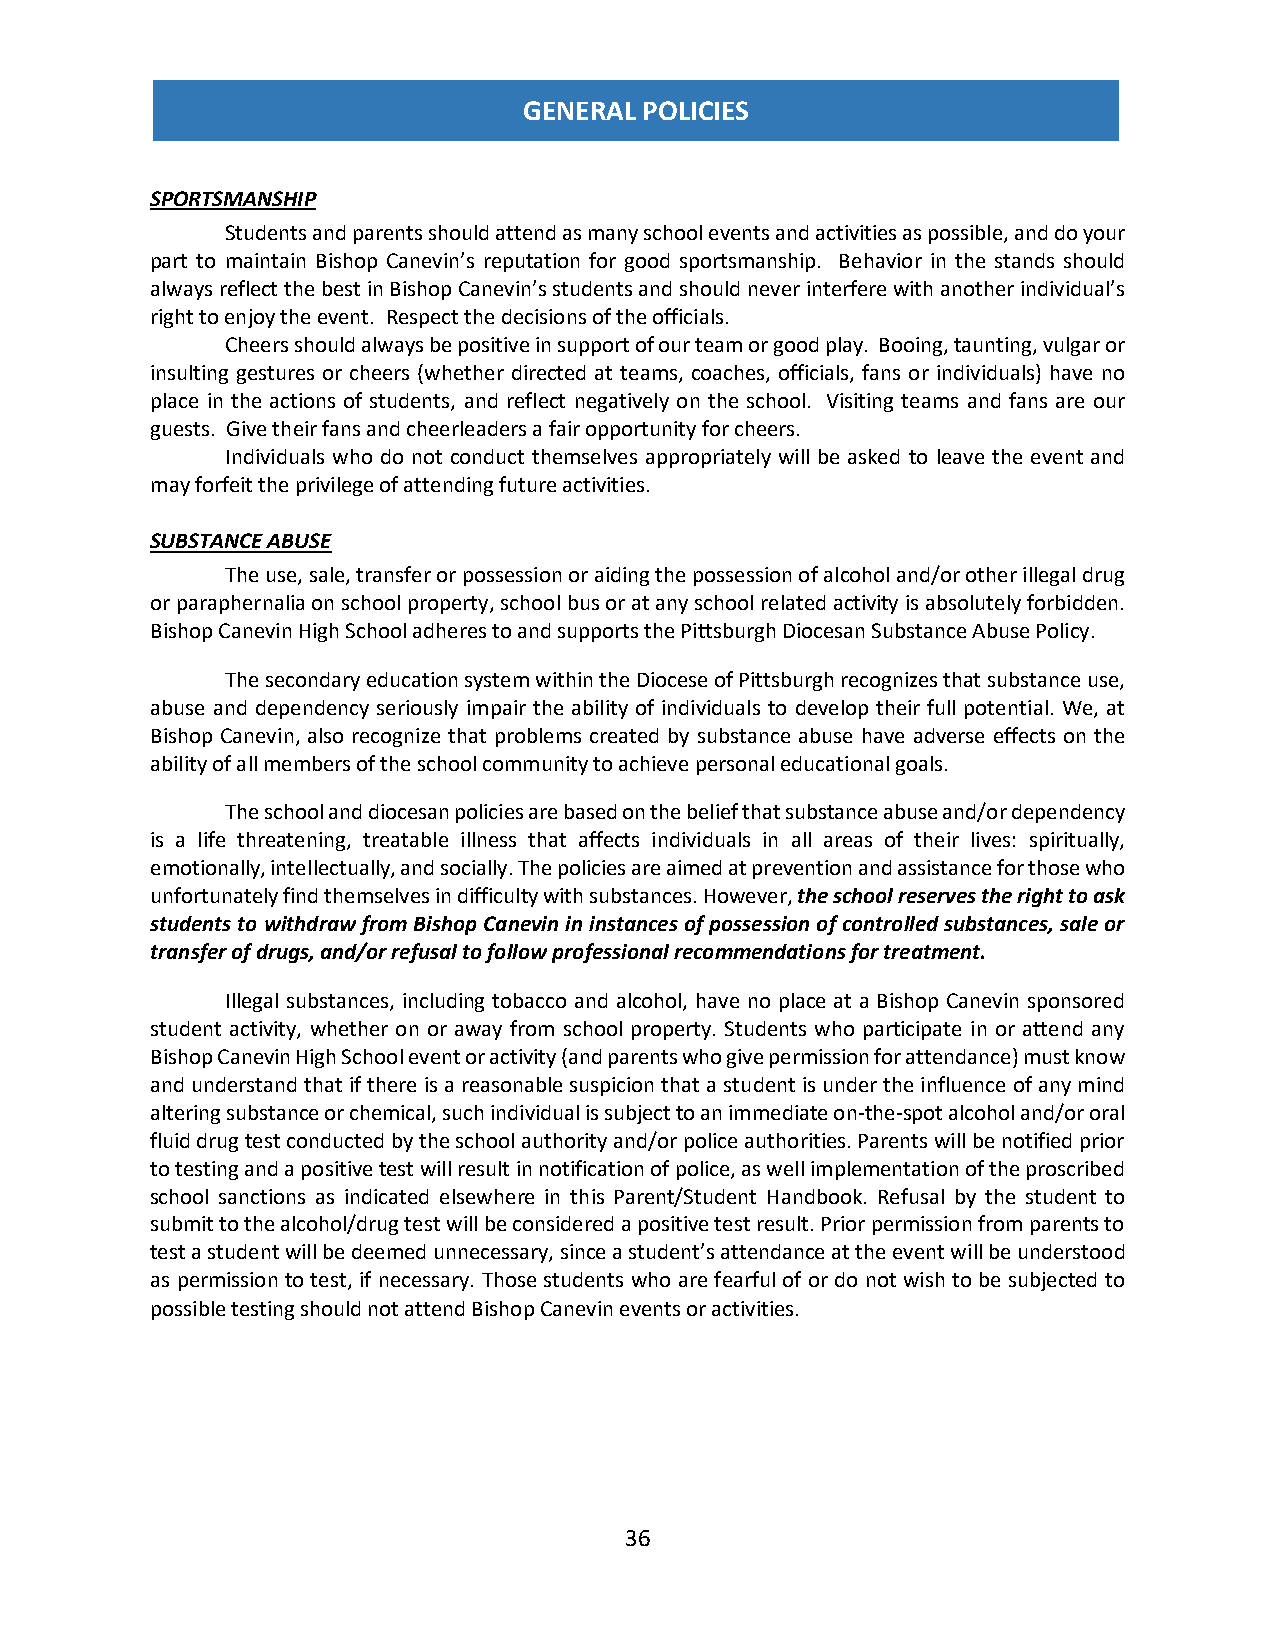
GENERAL POLICIES
 SPORTSMANSHIP
 Students and parents should attend as many school events and activities as possible, and do your
 part to maintain Bishop Canevin’s reputation for good sportsmanship. Behavior in the stands should
 always reflect the best in Bishop Canevin’s students and should never interfere with another individual’s
 right to enjoy the event. Respect the decisions of the officials.
 Cheers should always be positive in support of our team or good play. Booing, taunting, vulgar or
 insulting gestures or cheers (whether directed at teams, coaches, officials, fans or individuals) have no
 place in the actions of students, and reflect negatively on the school. Visiting teams and fans are our
 guests. Give their fans and cheerleaders a fair opportunity for cheers.
 Individuals who do not conduct themselves appropriately will be asked to leave the event and
 may forfeit the privilege of attending future activities.
 SUBSTANCE ABUSE
 The use, sale, transfer or possession or aiding the possession of alcohol and/or other illegal drug
 or paraphernalia on school property, school bus or at any school related activity is absolutely forbidden.
 Bishop Canevin High School adheres to and supports the Pittsburgh Diocesan Substance Abuse Policy.
 The secondary education system within the Diocese of Pittsburgh recognizes that substance use,
 abuse and dependency seriously impair the ability of individuals to develop their full potential. We, at
 Bishop Canevin, also recognize that problems created by substance abuse have adverse effects on the
 ability of all members of the school community to achieve personal educational goals.
 The school and diocesan policies are based on the belief that substance abuse and/or dependency
 is a life threatening, treatable illness that affects individuals in all areas of their lives: spiritually,
 emotionally, intellectually, and socially. The policies are aimed at prevention and assistance for those who
 unfortunately find themselves in difficulty with substances. However, the school reserves the right to ask
 students to withdraw from Bishop Canevin in instances of possession of controlled substances, sale or
 transfer of drugs, and/or refusal to follow professional recommendations for treatment.
 Illegal substances, including tobacco and alcohol, have no place at a Bishop Canevin sponsored
 student activity, whether on or away from school property. Students who participate in or attend any
 Bishop Canevin High School event or activity (and parents who give permission for attendance) must know
 and understand that if there is a reasonable suspicion that a student is under the influence of any mind
 altering substance or chemical, such individual is subject to an immediate on-the-spot alcohol and/or oral
 fluid drug test conducted by the school authority and/or police authorities. Parents will be notified prior
 to testing and a positive test will result in notification of police, as well implementation of the proscribed
 school sanctions as indicated elsewhere in this Parent/Student Handbook. Refusal by the student to
 submit to the alcohol/drug test will be considered a positive test result. Prior permission from parents to
 test a student will be deemed unnecessary, since a student’s attendance at the event will be understood
 as permission to test, if necessary. Those students who are fearful of or do not wish to be subjected to
 possible testing should not attend Bishop Canevin events or activities.
 36